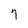
Character: 7